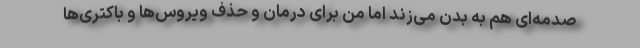
صدمه‌ای هم به بدن می‌زند اما من برای درمان و حذف ویروس‌ها و باکتری‌ها